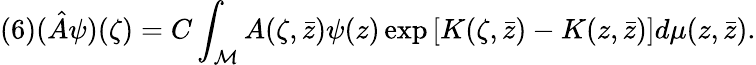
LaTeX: (6)(\hat{A}\psi)(\zeta)=C\int_{\cal M}A(\zeta,\bar{z})\psi(z)\exp\left[K(\zeta,\bar{z})-K(z,\bar{z})\right]d\mu(z,\bar{z}).